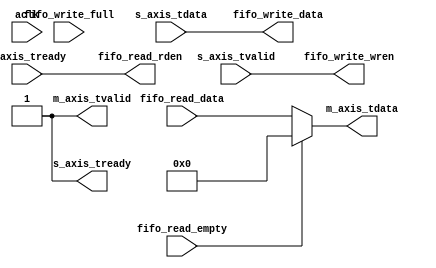
module axis_fifo #
(
  parameter integer S_AXIS_TDATA_WIDTH = 32,
  parameter integer M_AXIS_TDATA_WIDTH = 32
)
(
  // System signals
  input  wire                          aclk,

  // Slave side
  output wire                          s_axis_tready,
  input  wire [S_AXIS_TDATA_WIDTH-1:0] s_axis_tdata,
  input  wire                          s_axis_tvalid,

  // Master side
  input  wire                          m_axis_tready,
  output wire [M_AXIS_TDATA_WIDTH-1:0] m_axis_tdata,
  output wire                          m_axis_tvalid,

  // FIFO_WRITE port
  input  wire                          fifo_write_full,
  output wire [S_AXIS_TDATA_WIDTH-1:0] fifo_write_data,
  output wire                          fifo_write_wren,

  // FIFO_READ port
  input  wire                          fifo_read_empty,
  input  wire [M_AXIS_TDATA_WIDTH-1:0] fifo_read_data,
  output wire                          fifo_read_rden
);

  assign m_axis_tdata = fifo_read_empty ? {(M_AXIS_TDATA_WIDTH){1'b0}} : fifo_read_data;
  assign m_axis_tvalid = 1'b1;

  assign s_axis_tready = 1'b1;

  assign fifo_read_rden = m_axis_tready;

  assign fifo_write_data = s_axis_tdata;
  assign fifo_write_wren = s_axis_tvalid;

endmodule